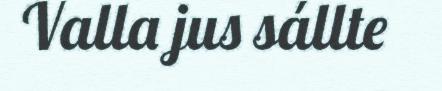
Valla jus sállte